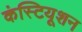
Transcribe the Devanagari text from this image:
कंस्टियूशन